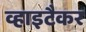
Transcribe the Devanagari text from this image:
व्हाइटैकर